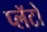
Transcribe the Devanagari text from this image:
प्लॅटो